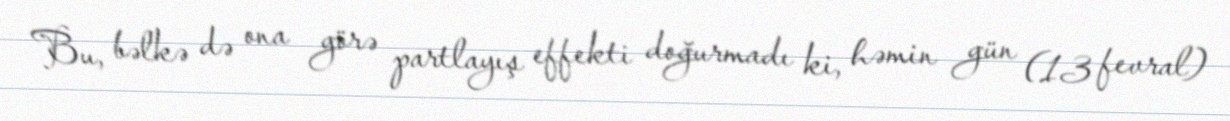
Bu, bəlkə də ona görə partlayış effekti doğurmadı ki, həmin gün (13 fevral)